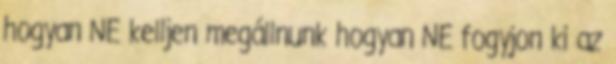
hogyan NE kelljen megállnunk hogyan NE fogyjon ki az